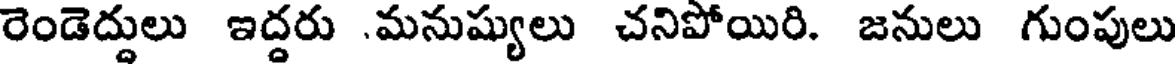
రెండెద్దులు ఇద్దరు .మనుష్యులు చనిపోయిరి. జనులు గుంపులు